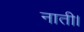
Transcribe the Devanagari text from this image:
नाती।